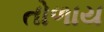
તોળાય